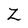
Character: Z